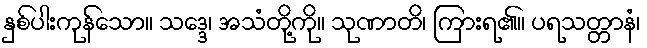
နှစ်ပါးကုန်သော။ သဒ္ဒေ၊ အသံတို့ကို။ သုဏာတိ၊ ကြားရ၏။ ပရသတ္တာနံ၊